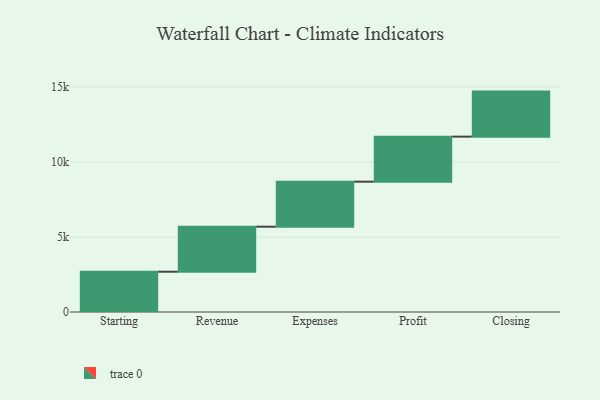
{"axis": {"x": "Step", "y": "Value"}, "legend": [""], "data": [{"x": "Starting", "y": 2684.0, "type": ""}, {"x": "Revenue", "y": 3000, "type": ""}, {"x": "Expenses", "y": 3000, "type": ""}, {"x": "Profit", "y": 3000, "type": ""}, {"x": "Closing", "y": 3000, "type": ""}]}